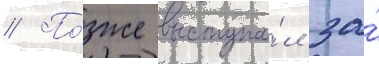
// По́зже выступа́л за́